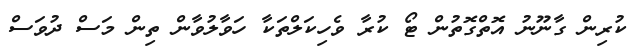
ކުރިން ގާނޫނު އޮތްގޮތުން ޓޯ ކުރާ ވެހިކަލްތަކާ ހަވާލުވާން ތިން މަސް ދުވަސް